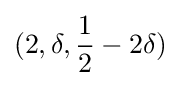
(2,\delta ,{\frac {1}{2}}-2\delta )